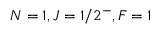
N = 1 , J = 1 / 2 ^ { - } , F = 1